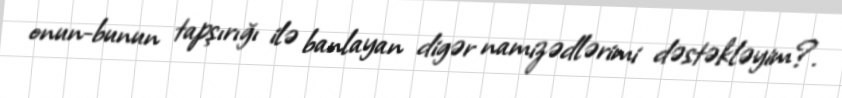
onun-bunun tapşırığı ilə banlayan digər namizədlərimi dəstəkləyim?.